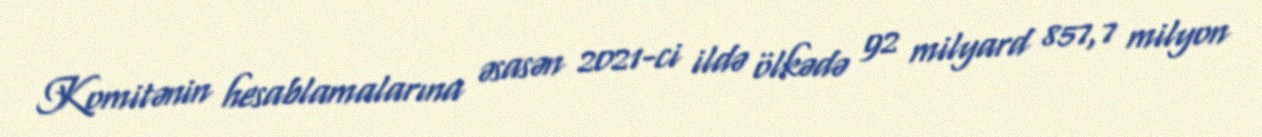
Komitənin hesablamalarına əsasən 2021-ci ildə ölkədə 92 milyard 857,7 milyon